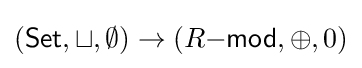
({\mathsf {Set}},\sqcup ,\emptyset )\to (R{\mathsf {-mod}},\oplus ,0)